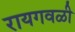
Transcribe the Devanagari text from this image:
रायगवळी